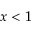
x < 1